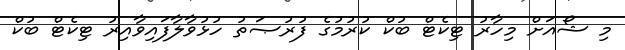
މި ޝޯއަށް މިހާރު ޓިކެޓް ބުކް ކުރުމުގެ ފުރުޞަތު ހުޅުވާލާފައިވާއިރު ޓިކެޓް ބުކް